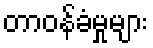
တာဝန်ခံမှုများ